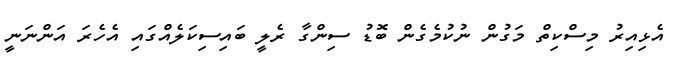
އެޅިއިރު މިސްކިތް މަގުން ނުކުމެގެން ބޮޑު ސިންގާ ރެލީ ބައިސިކަލެއްގައި އެހެރަ އަންނަނީ